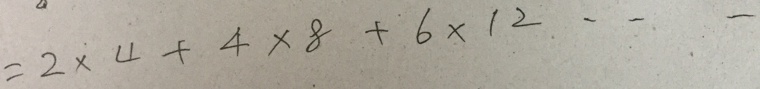
= 2 \times 4 + 4 \times 8 + 6 \times 1 2 \cdots